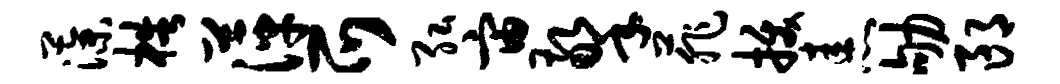
藻梏萍爪弘宙擎菲拔恚劬郎